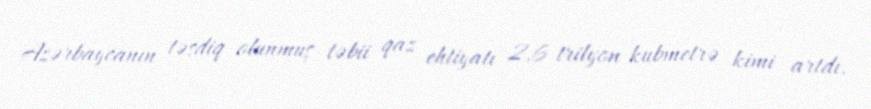
Azərbaycanın təsdiq olunmuş təbii qaz ehtiyatı 2,6 trilyon kubmetrə kimi artdı.